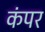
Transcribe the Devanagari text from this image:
कंपर